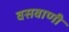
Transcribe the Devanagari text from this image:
वसवाणी